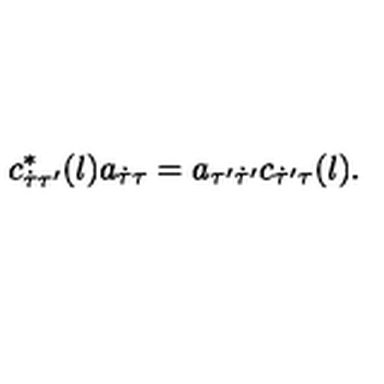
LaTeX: c _ { \dot { \tau } \tau ^ { \prime } } ^ { * } ( l ) a _ { \dot { \tau } \tau } = a _ { \tau ^ { \prime } \dot { \tau } ^ { \prime } } c _ { \dot { \tau } ^ { \prime } \tau } ( l ) .